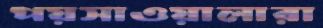
পয়সাওয়ালারা